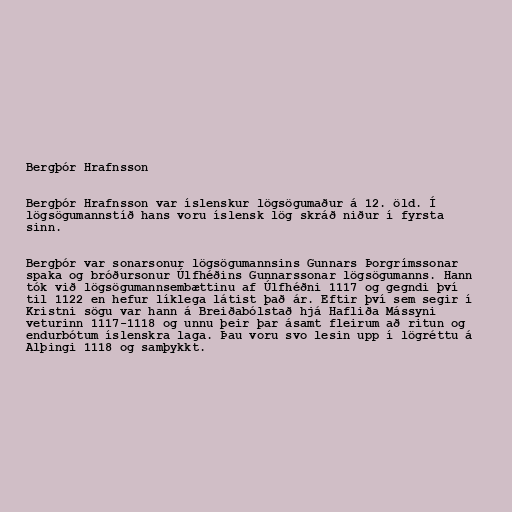
Bergþór Hrafnsson

Bergþór Hrafnsson var íslenskur lögsögumaður á 12. öld. Í
lögsögumannstíð hans voru íslensk lög skráð niður í fyrsta
sinn.

Bergþór var sonarsonur lögsögumannsins Gunnars Þorgrímssonar
spaka og bróðursonur Úlfhéðins Gunnarssonar lögsögumanns. Hann
tók við lögsögumannsembættinu af Úlfhéðni 1117 og gegndi því
til 1122 en hefur líklega látist það ár. Eftir því sem segir í
Kristni sögu var hann á Breiðabólstað hjá Hafliða Mássyni
veturinn 1117-1118 og unnu þeir þar ásamt fleirum að ritun og
endurbótum íslenskra laga. Þau voru svo lesin upp í lögréttu á
Alþingi 1118 og samþykkt.